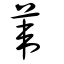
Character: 葦